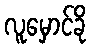
လူမှောင်ခို